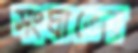
সংঘাতের